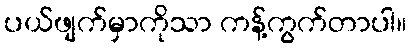
ပယ်ဖျက်မှာကိုသာ ကန့်ကွက်တာပါ။